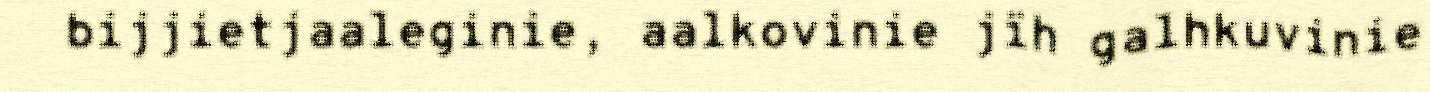
bijjietjaaleginie, aalkovinie jïh galhkuvinie